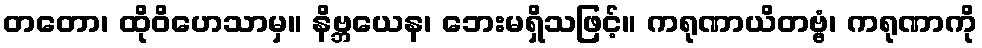
တတော၊ ထိုဝိဟေသာမှ။ နိဗ္ဘယေန၊ ဘေးမရှိသဖြင့်။ ကရုဏာယိတဗ္ဗံ၊ ကရုဏာကို